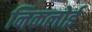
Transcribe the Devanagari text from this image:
निकलोई